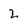
Character: 2